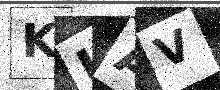
Text: KUAV